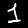
Label: 1